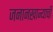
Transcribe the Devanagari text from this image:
जनानखान्याची